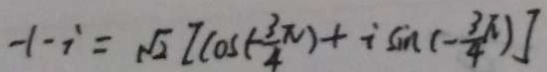
- 1 - i = \sqrt { 2 } [ \cos ( - \frac { 3 } { 4 } ) + i \sin ( - \frac { 3 \pi } { 4 } ) ]